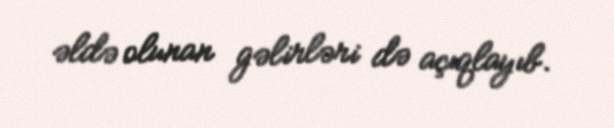
əldə olunan gəlirləri də açıqlayıb.